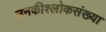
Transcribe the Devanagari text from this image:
उनकीश्लोकसंख्या